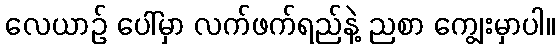
လေယာဉ် ပေါ်မှာ လက်ဖက်ရည်နဲ့ ညစာ ကျွေးမှာပါ။